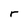
Character: r